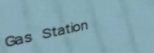
Gas Station